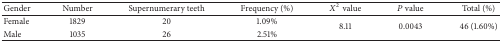
<table><thead><tr><td><b>Gender</b></td><td><b>Number</b></td><td><b>Supernumerary teeth</b></td><td><b>Frequency (%)</b></td><td><b><i>X</i><sup>2</sup>value</b></td><td><b><i>P</i> value</b></td><td><b>Total (%)</b></td></tr></thead><tbody><tr><td>Female</td><td>1829</td><td>20</td><td>1.09%</td><td rowspan="2">8.11</td><td rowspan="2">0.0043</td><td rowspan="2">46 (1.60%)</td></tr><tr><td>Male</td><td>1035</td><td>26</td><td>2.51%</td></tr></tbody></table>